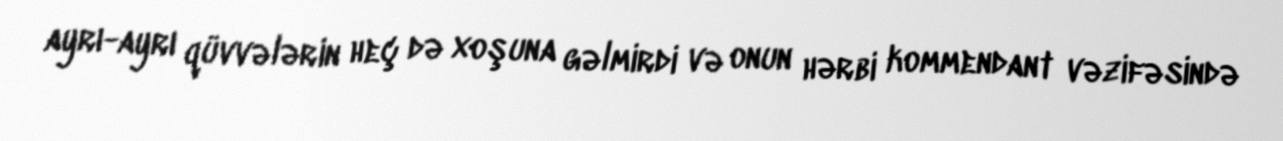
ayrı-ayrı qüvvələrin heç də xoşuna gəlmirdi və onun hərbi kommendant vəzifəsində